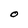
Character: 0